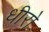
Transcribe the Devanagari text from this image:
धीरो